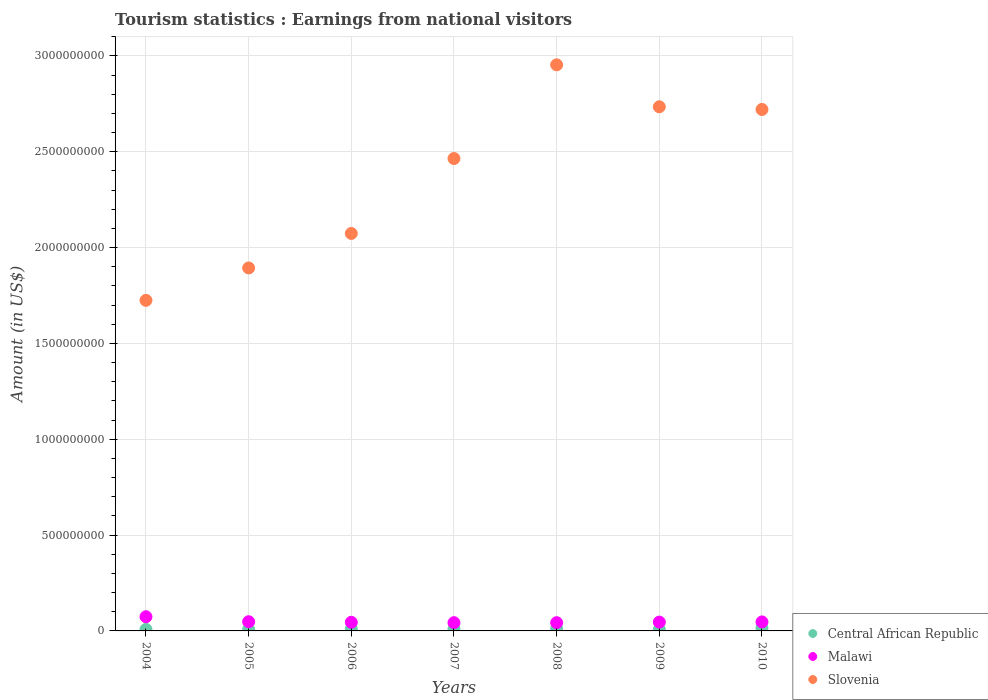
| Years | Central African Republic | Malawi | Slovenia |
 | --- | --- | --- | --- |
 | 2004 | 7.8e+06 | 7.4e+07 | 1.72e+09 |
 | 2005 | 7.2e+06 | 4.8e+07 | 1.89e+09 |
 | 2006 | 1.02e+07 | 4.5e+07 | 2.07e+09 |
 | 2007 | 1.08e+07 | 4.3e+07 | 2.46e+09 |
 | 2008 | 1.18e+07 | 4.3e+07 | 2.95e+09 |
 | 2009 | 7.5e+06 | 4.6e+07 | 2.74e+09 |
 | 2010 | 1.44e+07 | 4.7e+07 | 2.72e+09 |